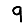
Digit: 9